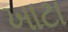
ખાટા